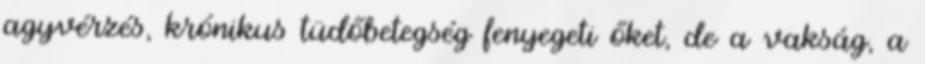
agyvérzés, krónikus tüdőbetegség fenyegeti őket, de a vakság, a